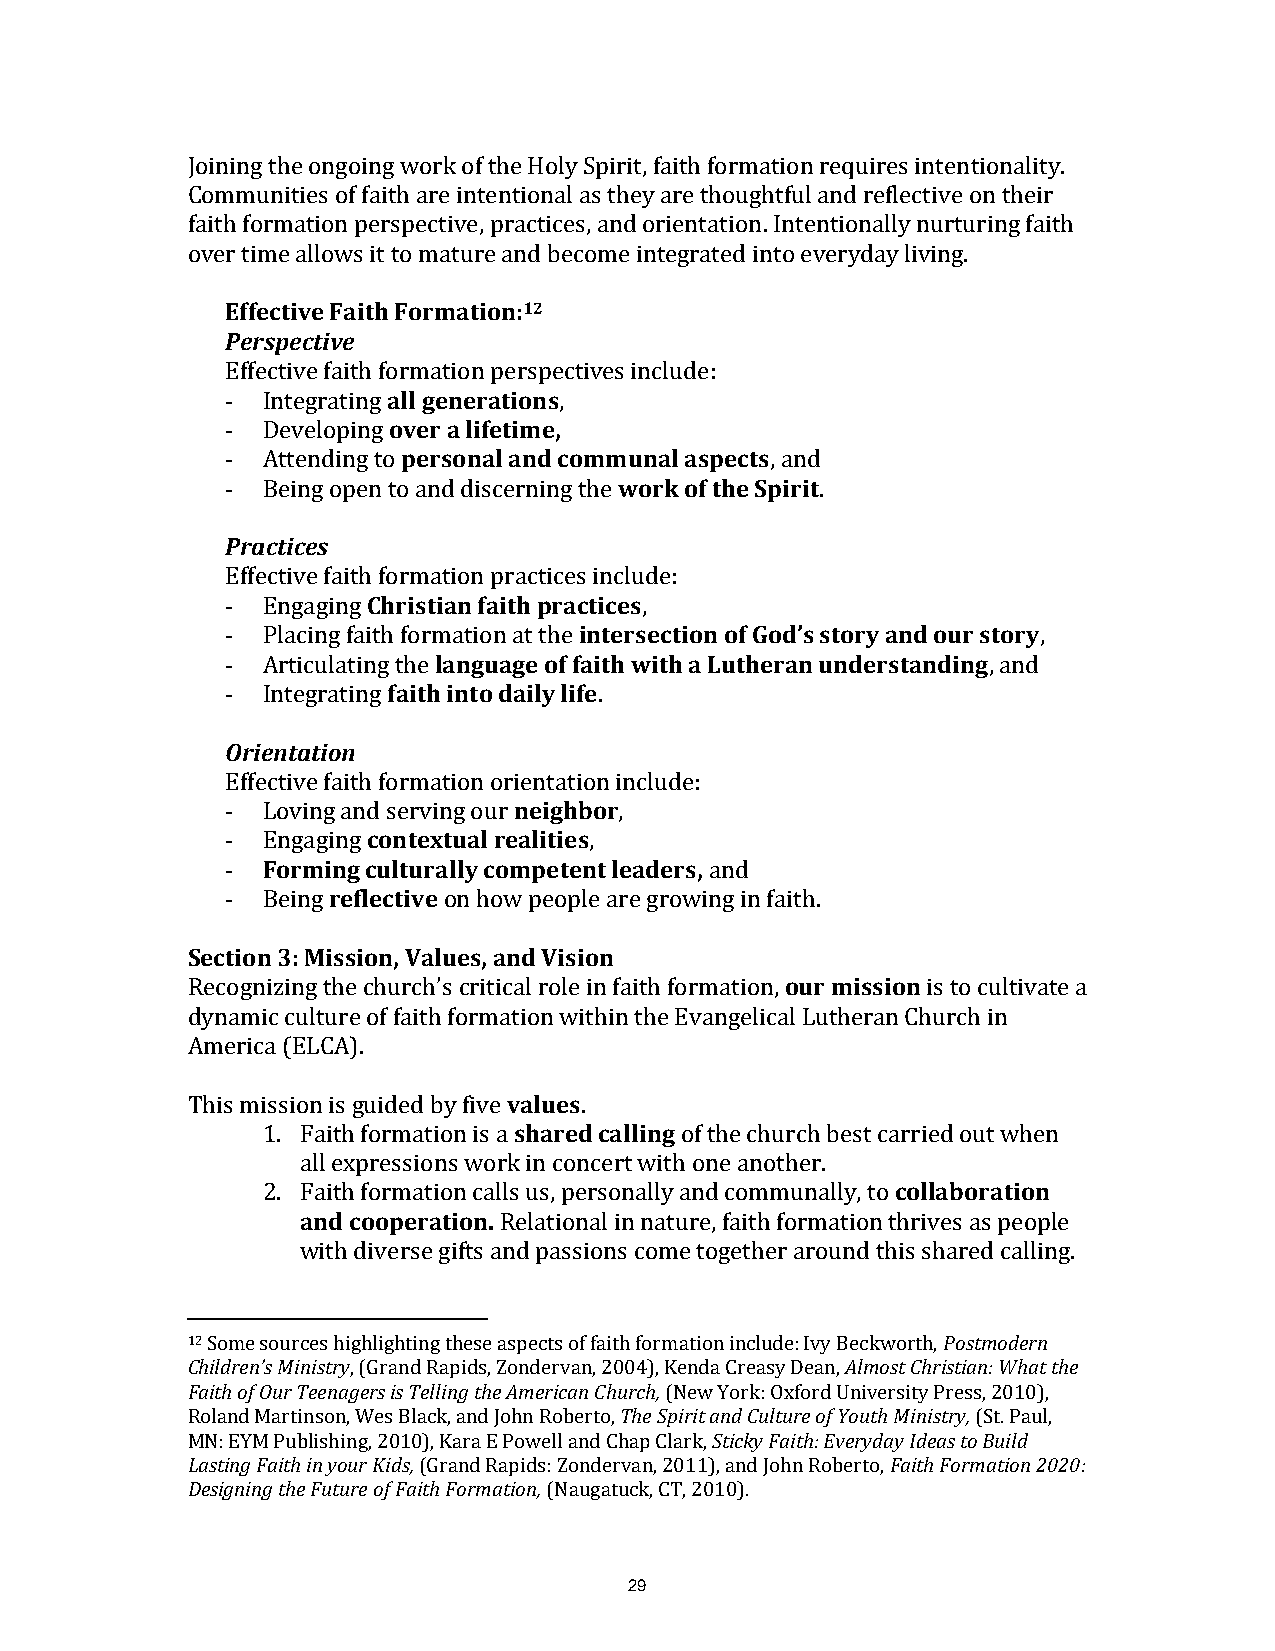
Joining the ongoing work of the Holy Spirit, faith formation requires intentionality.
 Communities of faith are intentional as they are thoughtful and reflective on their
 faith formation perspective, practices, and orientation. Intentionally nurturing faith
 over time allows it to mature and become integrated into everyday living.
 Effective Faith Formation:12
 Perspective
 Effective faith formation perspectives include:
 - Integrating all generations,
 - Developing over a lifetime,
 - Attending to personal and communal aspects, and
 - Being open to and discerning the work of the Spirit.
 Practices
 Effective faith formation practices include:
 - Engaging Christian faith practices,
 - Placing faith formation at the intersection of God’s story and our story,
 - Articulating the language of faith with a Lutheran understanding, and
 - Integrating faith into daily life.
 Orientation
 Effective faith formation orientation include:
 - Loving and serving our neighbor,
 - Engaging contextual realities,
 - Forming culturally competent leaders, and
 - Being reflective on how people are growing in faith.
 Section 3: Mission, Values, and Vision
 Recognizing the church’s critical role in faith formation, our mission is to cultivate a
 dynamic culture of faith formation within the Evangelical Lutheran Church in
 America (ELCA).
 This mission is guided by five values.
 1. Faith formation is a shared calling of the church best carried out when
 all expressions work in concert with one another.
 2. Faith formation calls us, personally and communally, to collaboration
 and cooperation. Relational in nature, faith formation thrives as people
 with diverse gifts and passions come together around this shared calling.
 12 Some sources highlighting these aspects of faith formation include: Ivy Beckworth, Postmodern
 Children’s Ministry, (Grand Rapids, Zondervan, 2004), Kenda Creasy Dean, Almost Christian: What the
 Faith of Our Teenagers is Telling the American Church, (New York: Oxford University Press, 2010),
 Roland Martinson, Wes Black, and John Roberto, The Spirit and Culture of Youth Ministry, (St. Paul,
 MN: EYM Publishing, 2010), Kara E Powell and Chap Clark, Sticky Faith: Everyday Ideas to Build
 Lasting Faith in your Kids, (Grand Rapids: Zondervan, 2011), and John Roberto, Faith Formation 2020:
 Designing the Future of Faith Formation, (Naugatuck, CT, 2010).
 29